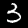
Label: 3